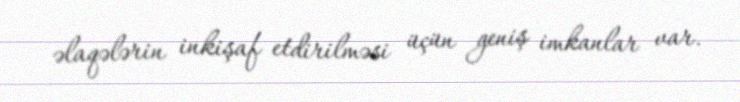
əlaqələrin inkişaf etdirilməsi üçün geniş imkanlar var.